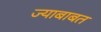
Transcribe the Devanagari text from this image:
ज्याबाबत